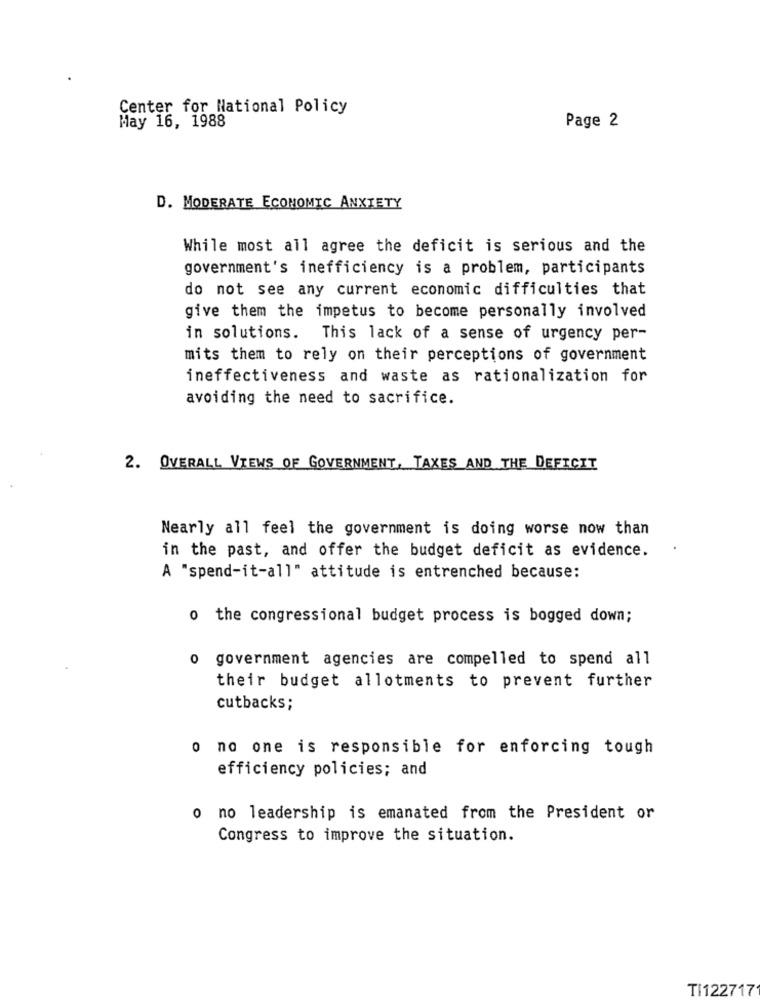
Center for National Policy
May 16, 1988
Page 2
D. MODERATE ECONOMIC ANXIETY
While most all agree the deficit is serious and the
government's inefficiency is a problem, participants
do not see any current economic difficulties that
give them the impetus to become personally involved
in solutions. This lack of a sense of urgency per-
mits them to rely on their perceptions of government
ineffectiveness and waste as rationalization for
avoiding the need to sacrifice.
2. OVERALL VIEWS OF GOVERNMENT, TAXES AND THE DEFICIT
Nearly all feel the government is doing worse now than
in the past, and offer the budget deficit as evidence.
A "spend-it-all" attitude is entrenched because:
o the congressional budget process is bogged down;
o government agencies are compelled to spend all
their budget allotments to prevent further
cutbacks;
o no one is responsible for enforcing tough
efficiency policies; and
o no leadership is emanated from the President or
Congress to improve the situation.
TI122717